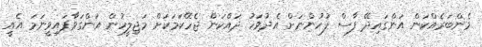
މެންބަރެއްކަން އަންގައިދޭ ފާސް ފުހުންނަށް އެދުވަހު ދައްކަން ޖެހޭކަމަކަށް މަޖިލީހުން އަންގަވާފައިވީނަމަ އެއީ